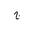
Letter: _gim